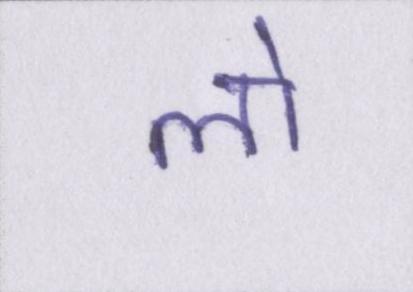
लो